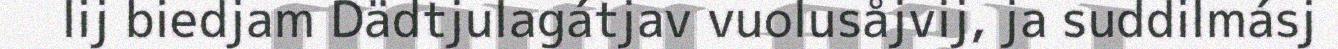
lij biedjam Dädtjulagátjav vuolusåjvij, ja suddilmásj